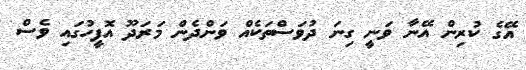
އޭގެ ކުރިން އޭނާ ވަނީ ގިނަ ދުވަސްތަކެއް ވަންދެން މަރަދޫ އޮފީހުގައި ވެސް